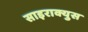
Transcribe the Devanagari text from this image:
साइराक्युस